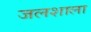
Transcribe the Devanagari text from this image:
जलशाला